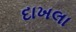
દાખલા